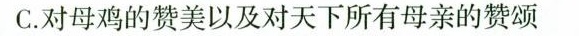
C.对母鸡的赞美以及对天下所有母亲的赞颂